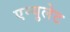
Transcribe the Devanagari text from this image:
एम्युलेट